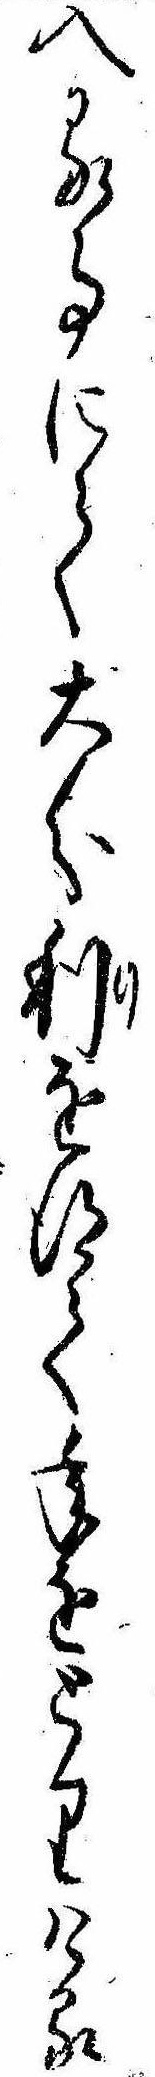
入る事にて大分利を得て年をとりける